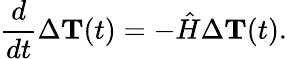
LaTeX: \frac{d}{dt}\Delta{{\mathbf T}}(t)=-{\hat{H}}\Delta{{\mathbf T}}(t).